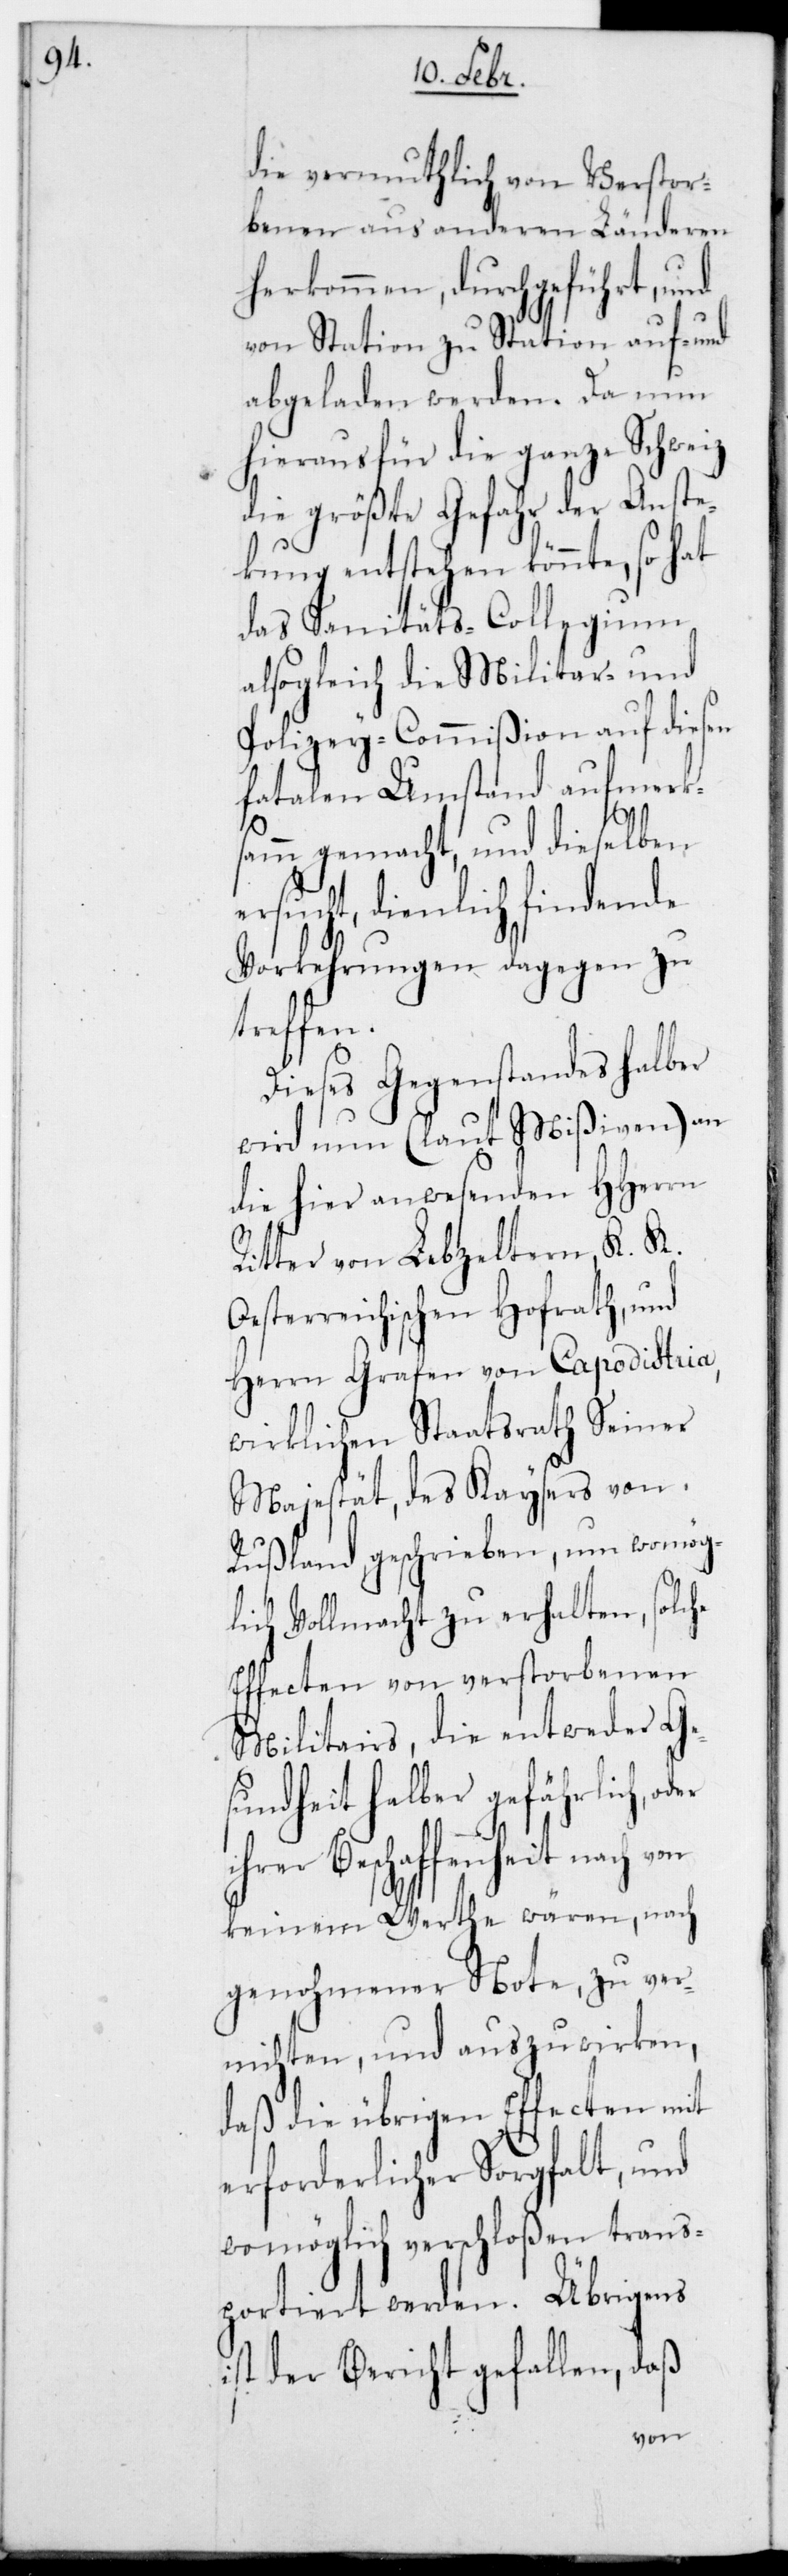
Oe¬

die vermutlich von Verstor¬
benen aus anderen Länderen
herkommen, durchgeführt, und
von Station zu Station auf- und
abgeladen werden. Da nun
hieraus für die ganze Schweiz
die größte Gefahr der Anste¬
ckung entstehen könnte, so hat
das Sanitäts-Collegium
alsogleich die Militar- und
Polizey-Commision auf diesen
fatalen Umstand aufmerk¬
samm gemacht und dieselben
ersucht, dienlich findende
Vorkehrungen dagegen zu
treffen.
Dieses Gegenstandes halber
wird nun (laut Mißiven) an
die hier anwesenden HHerrn
Ritter von Lebzeltern K. K.
sterreichischen Hofrath und
Herrn Grafen von Capodistria,
wirklichen Staatsrath Seiner
Majestät des Kaysers von
Rußland geschrieben, um womög¬
lich Vollmacht zu erhalten, solche
Effecten von verstorbenen
Militairs, die entweder Ge¬
sundheit halber gefährlich, o¬
r Beschaffenheit nach
keinem Werthe wären, nach
genohmener Note, zu ver¬
nichten und auszuwirken,
daß die übrigen Effecten mit
erforderlicher Sorgfalt und
womöglich verschloßen trans¬
portiert werden. Übrigens
ist der Bericht gefallen, daß
von